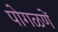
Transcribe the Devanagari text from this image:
पोगळणें